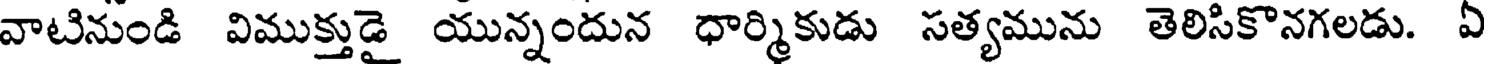
వాటినుండి విముక్తుడై యున్నందున ధార్మికుడు సత్యమును తెలిసికొనగలడు. ఏ